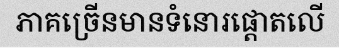
ភាគច្រើនមានទំនោរផ្តោតលើ